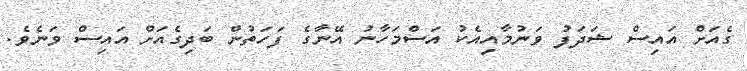
ގެއަށް އައިސް ޝަދަފު ވަނުމާއިއެކު އަސްމަހާނު އޭނާގެ ފަހަތުން ބަދިގެއަށް އައިސް ވަނެވެ.